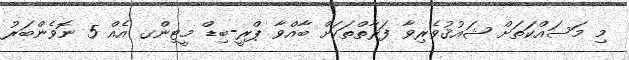
މި މަސައްކަތަށް ޝައުޤުވެރިވާ ފަރާތްތަކަށް ބާއްވާ ޕްރީ-ބިޑް މީޓިންގ އެއް 5 ނޮވެންބަރު